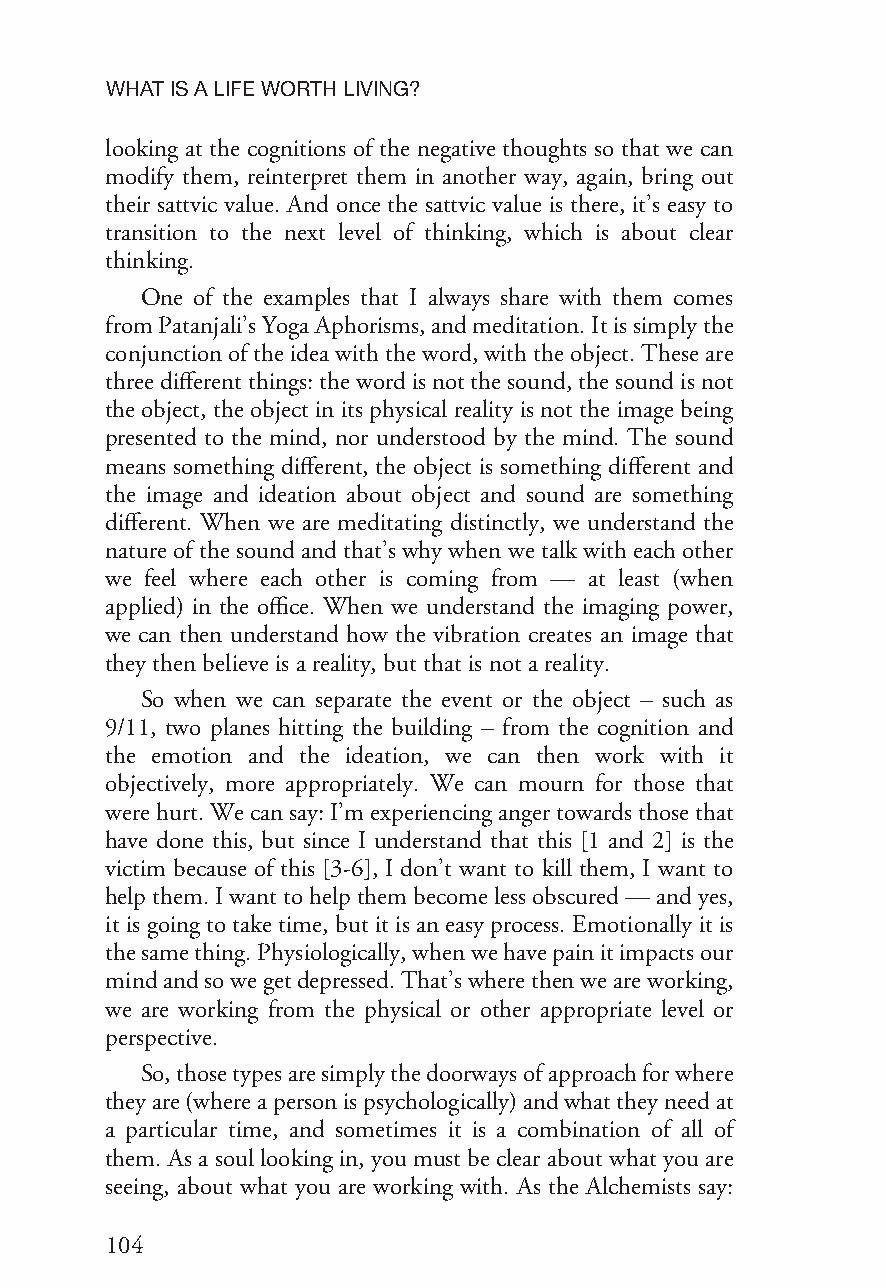
WHATISALIFEWORTHLIVING?
 looking at the cognitions of the negative thoughts so that we can
 modify them, reinterpret them in another way, again, bring out
 their sattvic value. And once the sattvic value is there, it’s easy to
 transition to the next level of thinking, which is about clear
 thinking.
 One of the examples that I always share with them comes
 fromPatanjali’sYogaAphorisms,andmeditation.Itissimplythe
 conjunctionoftheideawiththeword,withtheobject.Theseare
 threedifferentthings:thewordisnotthesound,thesoundisnot
 the object, the object in its physical reality is not the image being
 presented to the mind, nor understood by the mind. The sound
 means something different, the object is something different and
 the image and ideation about object and sound are something
 different. When we are meditating distinctly, we understand the
 nature of the sound and that’s why when we talk with each other
 we feel where each other is coming from — at least (when
 applied) in the office. When we understand the imaging power,
 we can then understand how the vibration creates an image that
 theythen believeisareality,butthatisnotareality.
 So when we can separate the event or the object – such as
 9/11, two planes hitting the building – from the cognition and
 the emotion and the ideation, we can then work with it
 objectively, more appropriately. We can mourn for those that
 werehurt.Wecansay:I’mexperiencingangertowardsthosethat
 have done this, but since I understand that this [1 and 2] is the
 victim because of this [3-6], I don’t want to kill them, I want to
 helpthem.Iwanttohelpthembecomelessobscured—andyes,
 it is going to take time, but it is an easy process. Emotionally it is
 thesamething.Physiologically,whenwehavepainitimpactsour
 mindandsowegetdepressed.That’swherethenweareworking,
 we are working from the physical or other appropriate level or
 perspective.
 So,thosetypesaresimplythedoorwaysofapproachforwhere
 theyare(whereapersonispsychologically)andwhattheyneedat
 a particular time, and sometimes it is a combination of all of
 them. As a soul looking in, you must be clear about what you are
 seeing, about what you are working with. As the Alchemists say:
 104